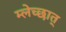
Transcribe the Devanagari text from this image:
म्लेच्छात्